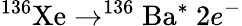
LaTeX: ^{136}\mathrm{Xe}\rightarrow^{136}\mathrm{Ba}^{*}\ 2e^{-}